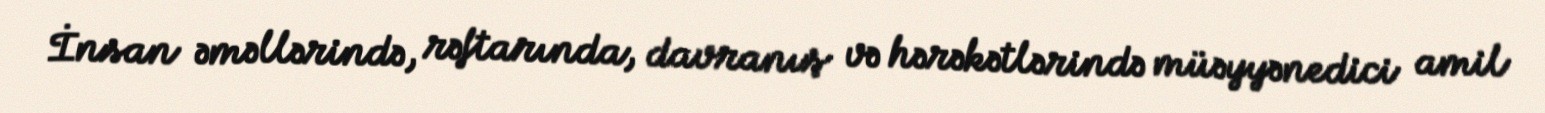
İnsan əməllərində, rəftarında, davranış və hərəkətlərində müəyyənedici amil